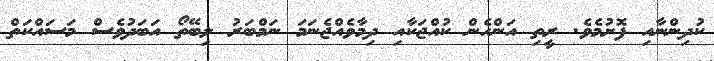
ކުދިންނާއި ފޮށުމެވެ. ރީތި އަންހެން ކުއްޖަކާއި ދިމާވެއްޖެނަމަ ނަމްބަރު ލިބޭތޯ އަބަދުވެސް މަސައްކަތް